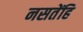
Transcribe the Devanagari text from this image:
नसतेंहि